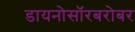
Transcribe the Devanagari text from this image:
डायनोसॉरबरोबर